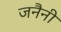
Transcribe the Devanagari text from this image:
जनैनी